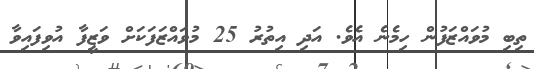
ތިބި މުވައްޒަފުން ހިމެނެ އެވެ. އަދި އިތުރު 25 މުވައްޒަފަކަށް ވަޒީފާ އުވިފައިވާ